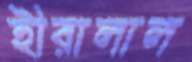
হীরালাল